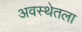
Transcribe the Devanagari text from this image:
अवस्थेतला